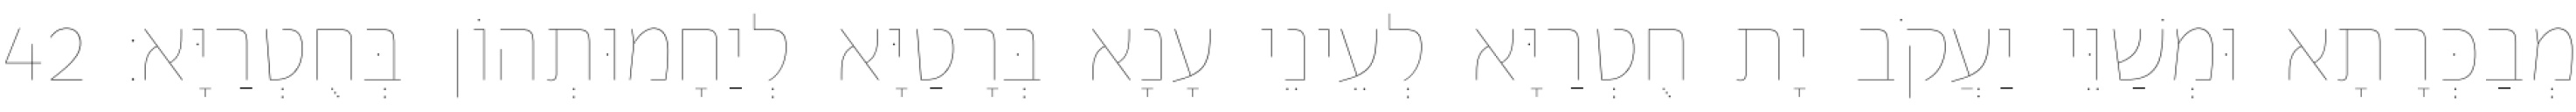
מְבַכְּרָתָא וּמְשַׁוֵּי יַעֲקֹב יָת חֻטְרַיָּא לְעֵינֵי עָנָא בְּרָטַיָּא לְיַחָמוּתְהוֹן בְּחֻטְרַיָּא׃ 42